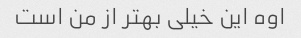
اوه این خیلی بهتر از من است